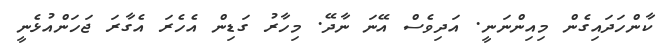
ކާންހަދައިގެން މިއިންނަނީ. އަދިވެސް އޭނަ ނާދޭ. މިހާރު ގަޑިން އެހެރަ އެގާރަ ޖަހަންއުޅެނީ